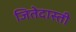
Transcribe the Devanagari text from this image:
जितेदास्ती